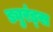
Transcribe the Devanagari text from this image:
ड्युरंड्स